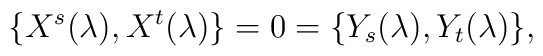
\{X^{s}(\lambda),X^{t}(\lambda)\}=0= \{Y_{s}(\lambda),Y_{t}(\lambda)\},